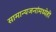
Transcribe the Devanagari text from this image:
सामान्यजनांमध्येही